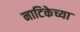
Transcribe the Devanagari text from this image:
नाटिकेच्या